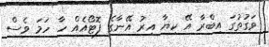
ވަގުތުގަ އިބްރާ އޭ ކިޔާ އިރު އޭނާގެ ފޮޓޯއެއް ހާ ހަމަ ވެސް